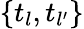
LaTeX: \{ t_{l},t_{l^{\prime}}\}